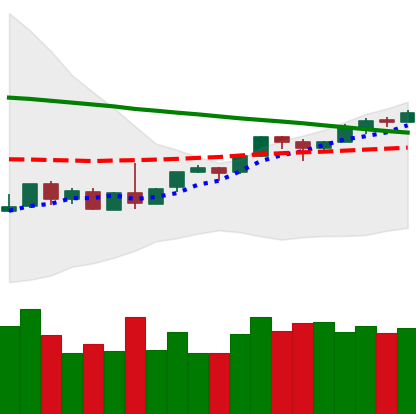
Ticker: BTC-USD
Chart end date: 2018-09-04
Forward return: -14.41%
Label: down_7plus